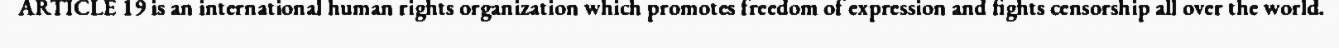
ARTICLE 19 is an international human rights organization which promotes freedom of expression and fights censorship all over the world.